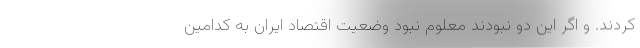
کردند. و اگر این دو نبودند معلوم نبود وضعیت اقتصاد ایران به کدامین